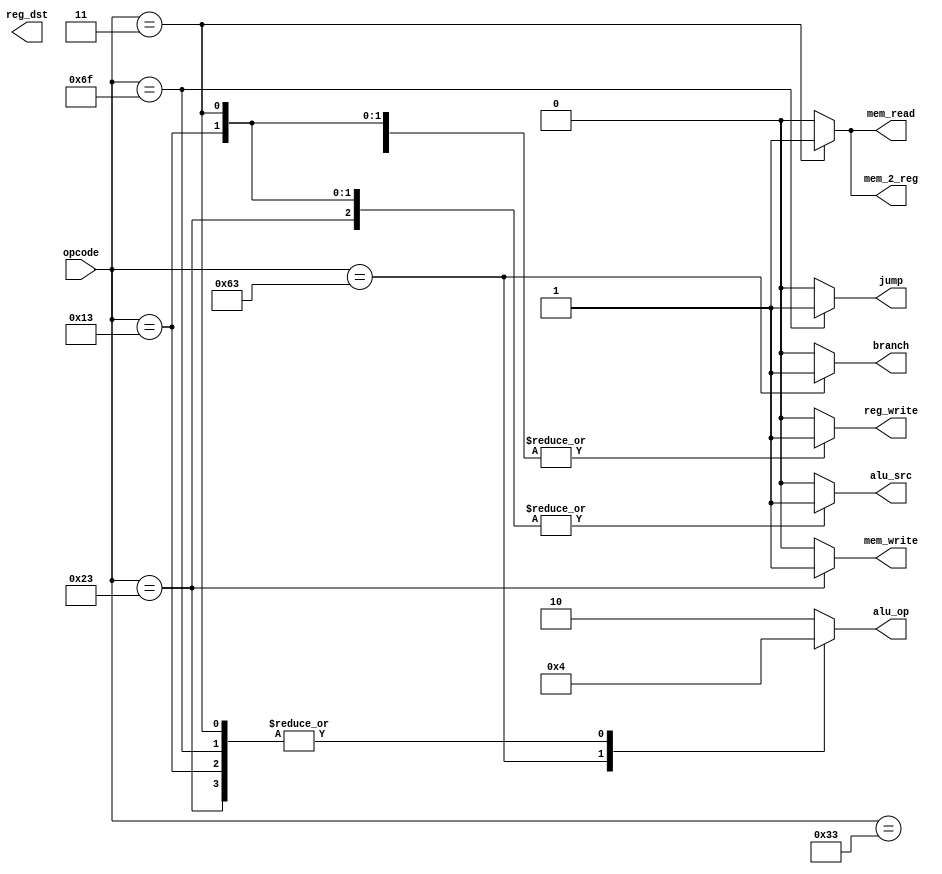
// module: Control
// Function: Generates the control signals for each one of the datapath resources

module control_unit(
      input  wire [6:0] opcode,
      output reg  [1:0] alu_op,
      output reg        reg_dst,
      output reg        branch,
      output reg        mem_read,
      output reg        mem_2_reg,
      output reg        mem_write,
      output reg        alu_src,
      output reg        reg_write,
      output reg        jump
   );

   // RISC-V opcode[6:0] (see RISC-V greensheet)
	parameter integer ALU_R      = 7'b0110011;
	parameter integer ALU_I      = 7'b0010011;
	parameter integer BRANCH_EQ  = 7'b1100011;
	parameter integer JUMP       = 7'b1101111;
	parameter integer LOAD       = 7'b0000011;
	parameter integer STORE      = 7'b0100011;

   // RISC-V ALUOp[1:0] (see book Figure 4.12)
	parameter [1:0] ADD_OPCODE     = 2'b00;
	parameter [1:0] SUB_OPCODE     = 2'b01;
	parameter [1:0] R_TYPE_OPCODE  = 2'b10;

   //The behavior of the control unit can be found in Chapter 4, Figure 4.18
   always@(*)begin

      case(opcode)
        ALU_R:begin
            alu_src   = 1'b0;
            mem_2_reg = 1'b0;
            reg_write = 1'b1;
            mem_read  = 1'b0;
            mem_write = 1'b0;
            branch    = 1'b0;
            alu_op    = R_TYPE_OPCODE;
            jump      = 1'b0;
        end
          
        ALU_I:begin
            alu_src   = 1'b1;
            mem_2_reg = 1'b0;
            reg_write = 1'b1;
            mem_read  = 1'b0;
            mem_write = 1'b0;
            branch    = 1'b0;
            alu_op    = ADD_OPCODE;
            jump      = 1'b0;
        end
          
        BRANCH_EQ:begin
            alu_src   = 1'b0;
            mem_2_reg = 1'b0;
            reg_write = 1'b0;
            mem_read  = 1'b0;
            mem_write = 1'b0;
            branch    = 1'b1;
            alu_op    = SUB_OPCODE;
            jump      = 1'b0;
        end

        JUMP:begin
            alu_src   = 1'b0; //do we care??
            mem_2_reg = 1'b0;
            reg_write = 1'b0;
            mem_read  = 1'b0;
            mem_write = 1'b0;
            branch    = 1'b0;
            alu_op    = ADD_OPCODE; //do we care??
            jump      = 1'b1;
        end

        LOAD:begin
            alu_src   = 1'b1;
            mem_2_reg = 1'b1;
            reg_write = 1'b1;
            mem_read  = 1'b1;
            mem_write = 1'b0;
            branch    = 1'b0;
            alu_op    = ADD_OPCODE;
            jump      = 1'b0;
        end

        STORE:begin
            alu_src   = 1'b1;
            mem_2_reg = 1'b0;
            reg_write = 1'b0;
            mem_read  = 1'b0;
            mem_write = 1'b1;
            branch    = 1'b0;
            alu_op    = ADD_OPCODE;
            jump      = 1'b0;
        end
         
         // Declare the control signals for each one of the instructions here...
         default:begin
            alu_src   = 1'b0;
            mem_2_reg = 1'b0;
            reg_write = 1'b0;
            mem_read  = 1'b0;
            mem_write = 1'b0;
            branch    = 1'b0;
            alu_op    = R_TYPE_OPCODE;
            jump      = 1'b0;
         end
      endcase
   end

endmodule